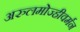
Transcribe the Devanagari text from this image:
अरुलमोज्हीवर्मन